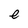
Character: e